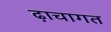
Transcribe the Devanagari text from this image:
ढ़ाचागत